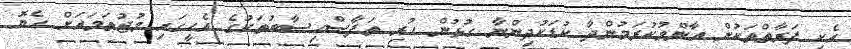
އެކި ފަރާތްތަކުން އާންމުކުރަމުންދާ ކުޑަކުދިންނާ ގުޅުން ހުރި ތަފާސްހިސާބުތަކުގެ އެހީގައި މުޖުތަމައަށް ހެޔޮ